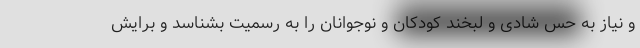
و نیاز به حس شادی و لبخند کودکان و نوجوانان را به رسمیت بشناسد و برایش